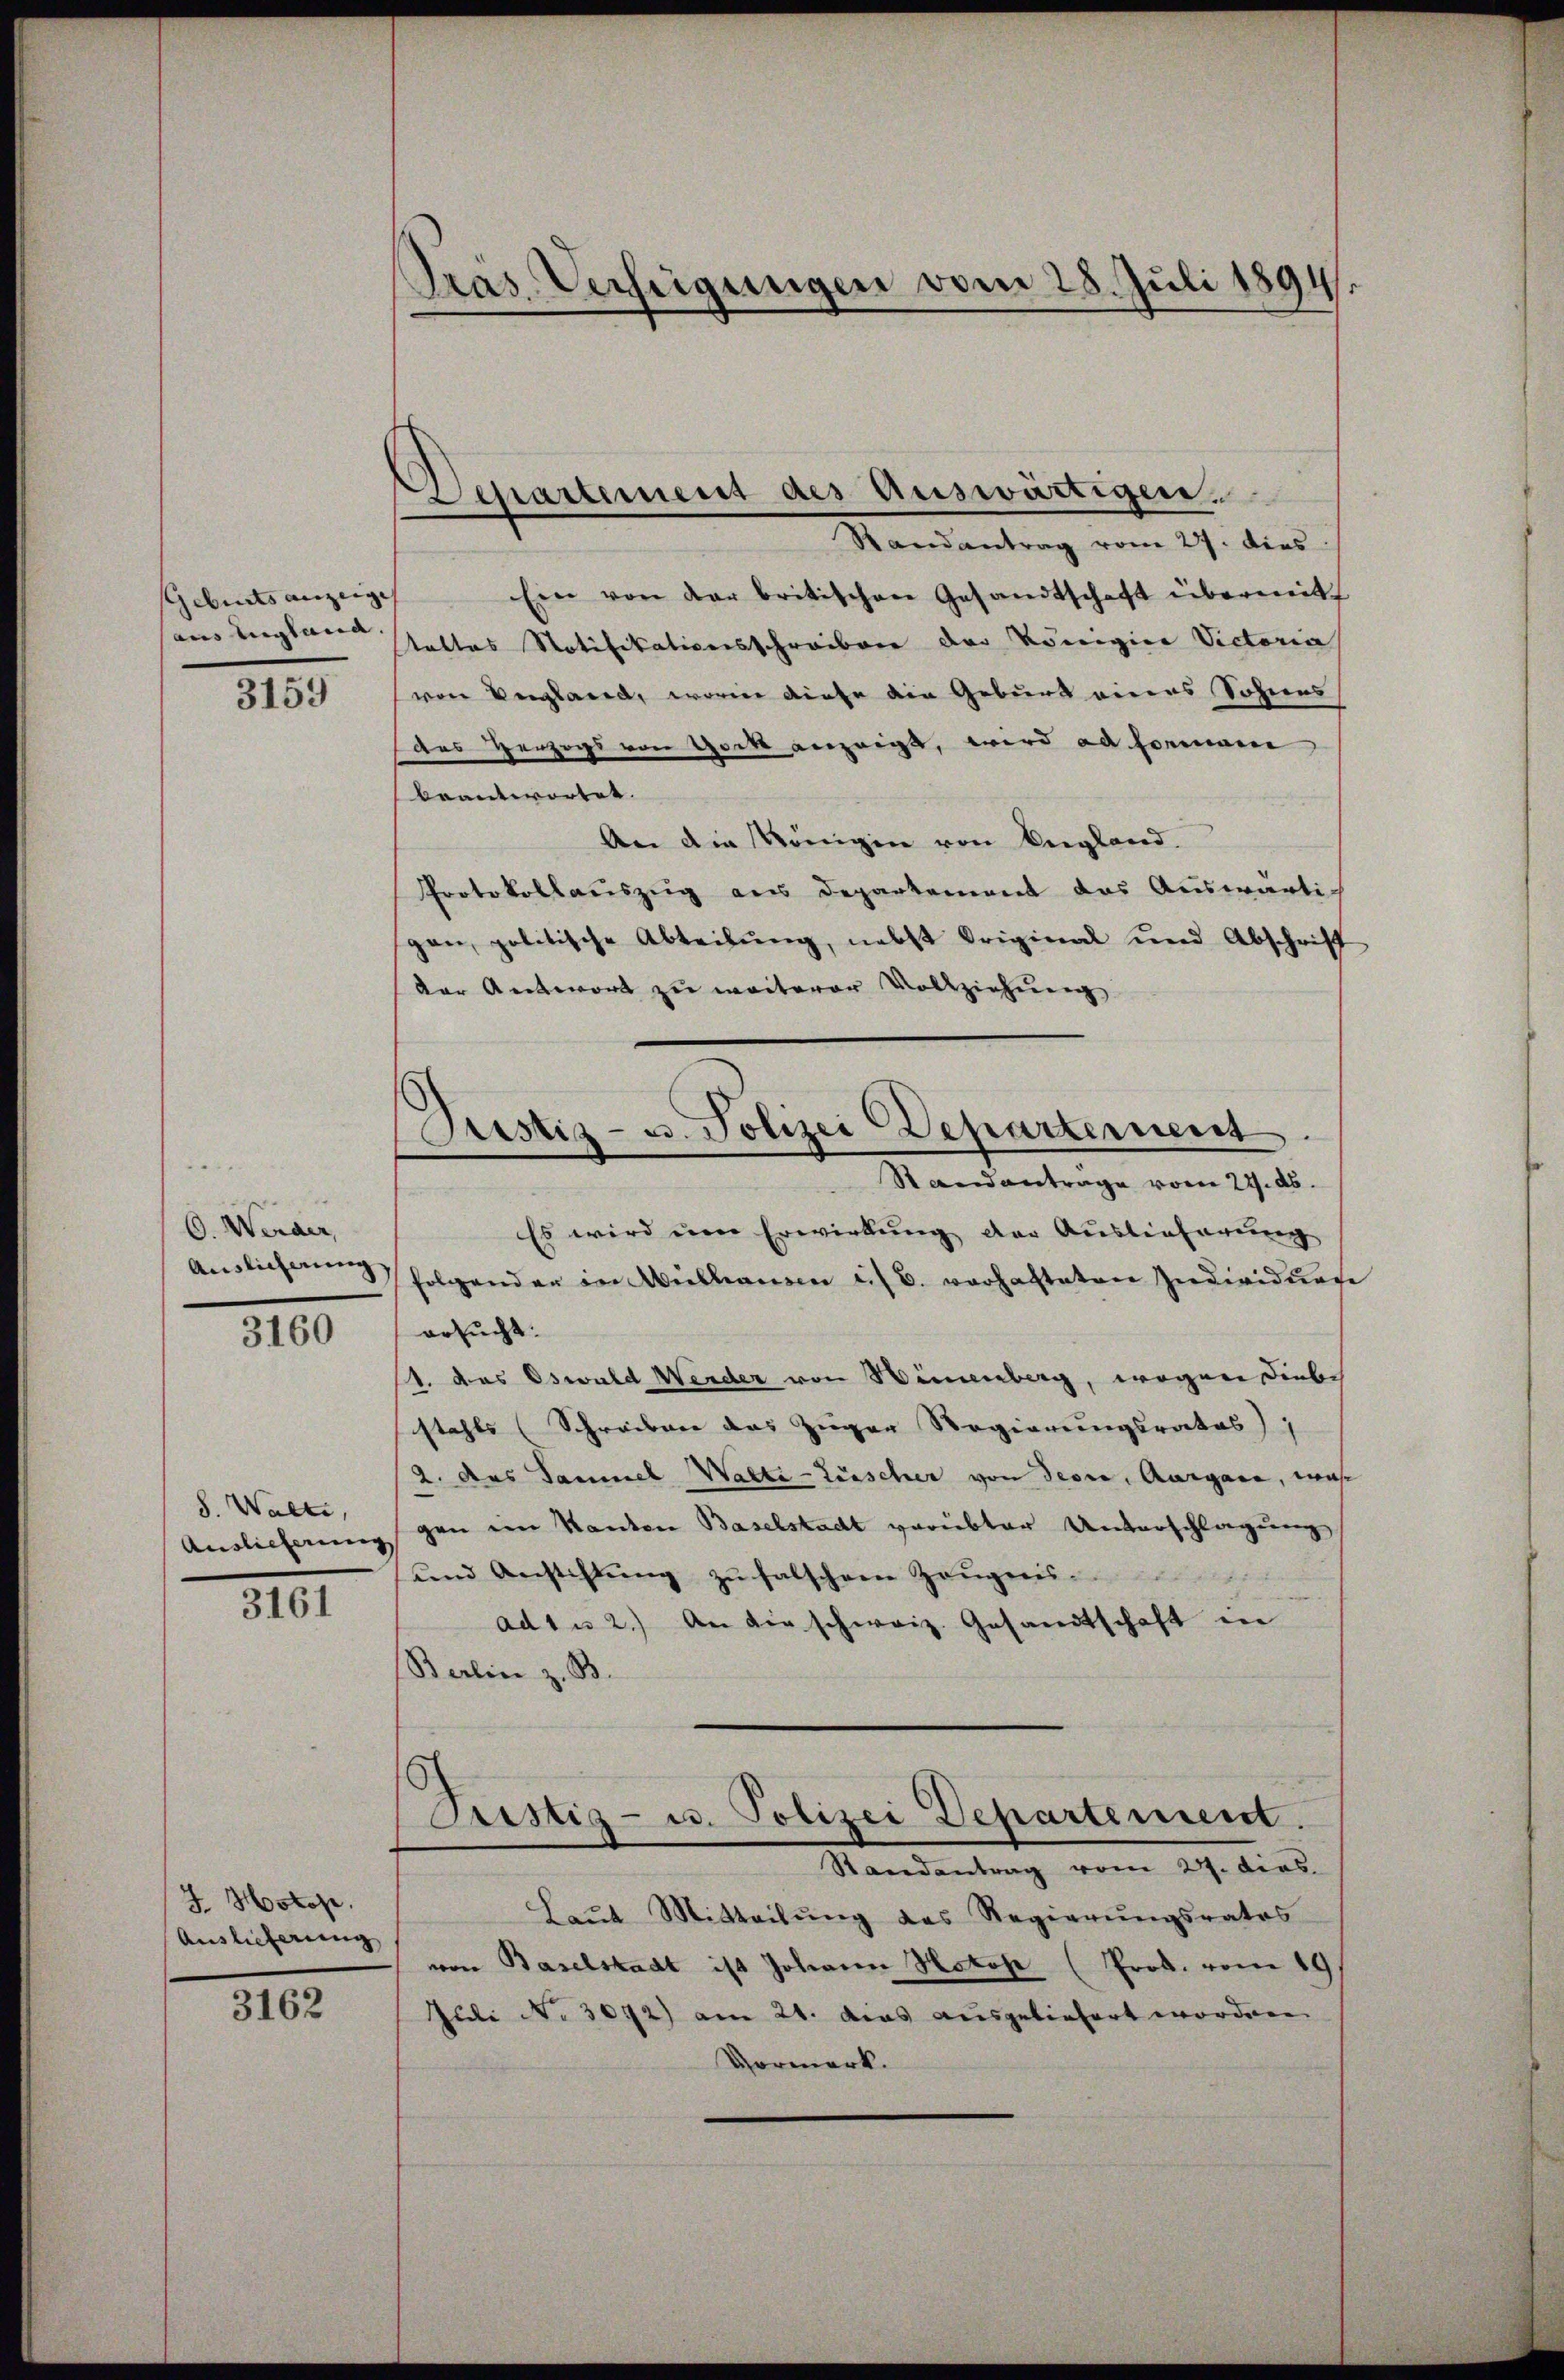
Gebiets anzeige
aus England
3159

O. Weider,
Auslicherung
3160

S. Walte,
Auslieferung

3161

J. Hotope.
Auslieferung

3162

Präs. Verfügungen vom 28. Juli 1894.

Departement des Auswärtigen.

Randantrag vom 23. dies
Ein von der britischen Gesandtschaft übermitt
tattes Notifikationsschreiben der Königier Victoria
von Vergland, worin diese die Geburt eines Sohnens
des Herzogs von Gack anzeigt, wird ad somman
beantwortet. |
An die Königen von England.
Protokollauszug aus Departement das Auswärti-
gen, politische Abteilŭng, nebst Original und Abschrift
der Antwort zu weiterer Vollziehung
Es wird um Erwirkung der Auslieferung
folgender in Vielhausen eis 6. verhafteten Individuen
ersucht:
1. das Oswald Wender von Wimmenberg, wegen Diebe
stahls (Schreiben das Zuger Regierungsrates);
2. das Sammel Walte-Zinscher von devra, Aargare, was
gen im Kanton Baselstadt verübter Unterschlagung
und Anstiftung zu falschen Zeugnis
ad1 u 2.) An die schweiz. Gesandtschaft in
Berlin z. B.
Justiz- u. Polizei Departement.
Standentrag vom 29. dies
Laŭt Mitteilŭng des Regierŭngsrates
von Baselstadt ist Johannn Notos (Prok. vom 19.
Juli No 3072) am 24. dies ausgeliefert worden.
Vormerk.

Justiz- u. Polizei Departernent.
Standantrage vom 27. ds.